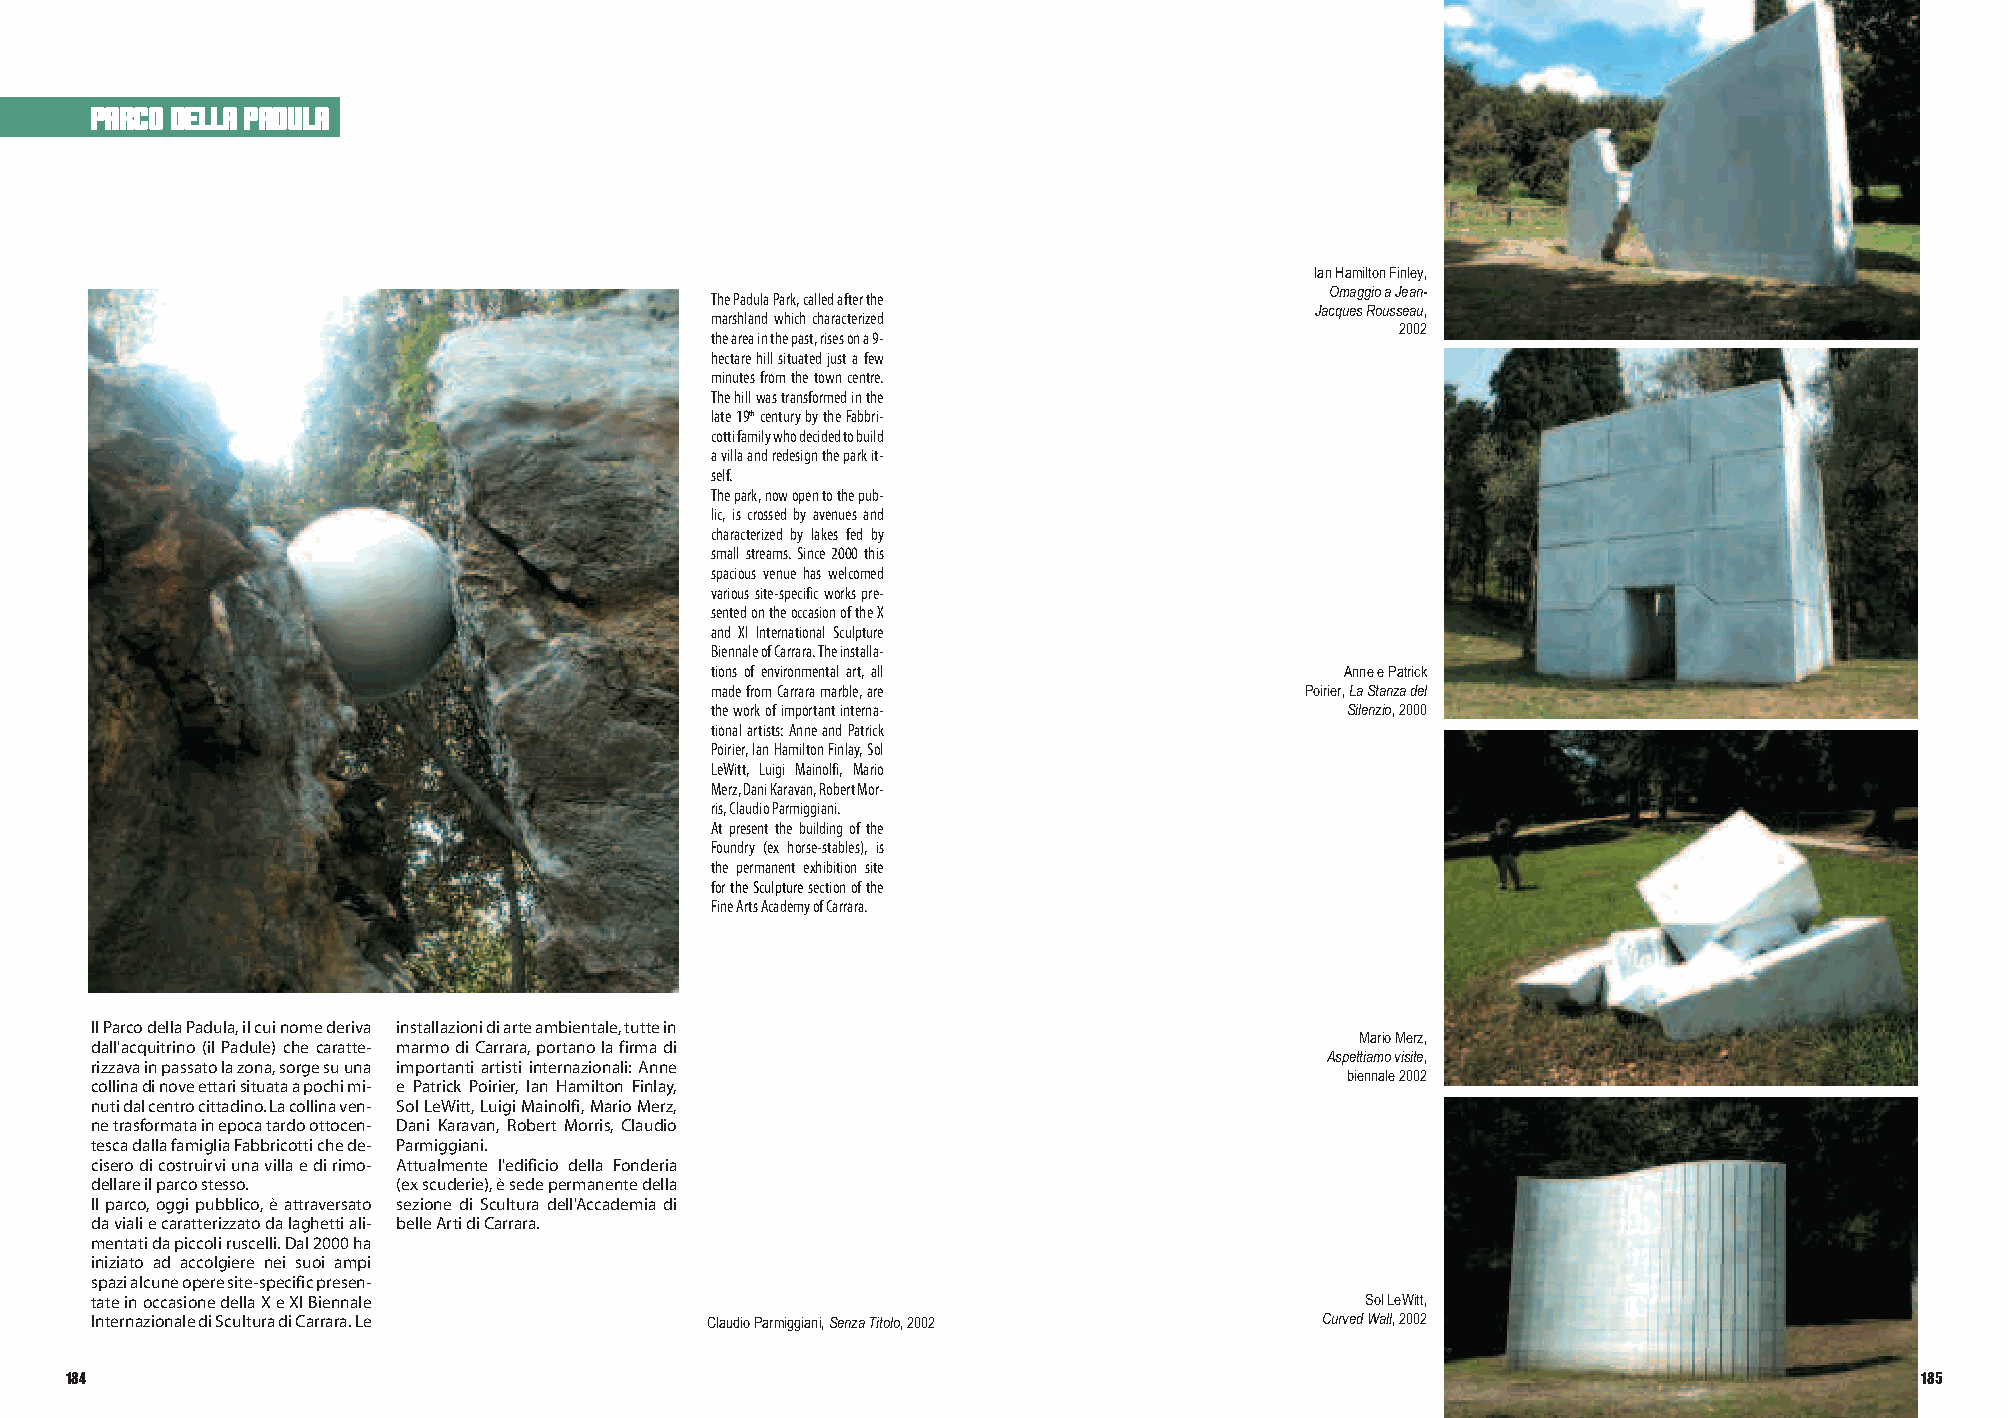
parco della padula
 IanHamiltonFinley,
 ThePadulaPark,calledafterthe             OmaggioaJean-
 marshlandwhichcharacterized             JacquesRousseau,
 theareainthepast,risesona9-                   2002
 hectarehillsituatedjustafew
 minutesfromthetowncentre.
 Thehillwastransformedinthe
 late19thcenturybytheFabbri-
 cottifamilywhodecidedtobuild
 avillaandredesigntheparkit-
 self.
 Thepark,nowopentothepub-
 lic, is crossed by avenues and
 characterized by lakes fed by
 smallstreams.Since2000this
 spacious venue has welcomed
 varioussite-specificworkspre-
 sentedontheoccasionoftheX
 and XI International Sculpture
 BiennaleofCarrara.Theinstalla-
 tions of environmental art, all
 AnneePatrick
 madefromCarraramarble,are
 Poirier,LaStanzadel
 theworkofimportantinterna-
 Silenzio,2000
 tionalartists:AnneandPatrick
 Poirier,IanHamiltonFinlay,Sol
 LeWitt, Luigi Mainolfi, Mario
 Merz,DaniKaravan,RobertMor-
 ris,ClaudioParmiggiani.
 Atpresentthebuildingofthe
 Foundry (ex horse-stables), is
 the permanent exhibition site
 fortheSculpturesectionofthe
 FineArtsAcademyofCarrara.
 IlParcodellaPadula,ilcuinomederiva installazionidiarteambientale,tuttein
 dall'acquitrino (il Padule) che caratte- marmodiCarrara,portanolafirmadi            MarioMerz,
 rizzavainpassatolazona,sorgesuuna importanti artisti internazionali: Anne         Aspettiamovisite,
 collinadinoveettarisituataapochimi- e Patrick Poirier, Ian Hamilton Finlay,        biennale2002
 nutidalcentrocittadino.Lacollinaven- SolLeWitt,LuigiMainolfi,MarioMerz,
 netrasformatainepocatardoottocen- Dani Karavan, Robert Morris, Claudio
 tescadallafamigliaFabbricottichede- Parmiggiani.
 ciserodicostruirviunavillaedirimo- Attualmente l'edificio della Fonderia
 dellareilparcostesso. (exscuderie),èsedepermanentedella
 Ilparco,oggipubblico,èattraversato sezione di Scultura dell'Accademia di
 davialiecaratterizzatodalaghettiali- belleArtidiCarrara.
 mentatidapiccoliruscelli.Dal2000ha
 iniziato ad accolgiere nei suoi ampi
 spazialcuneoperesite-specificpresen-
 tateinoccasionedellaXeXIBiennale                                                    SolLeWitt,
 InternazionalediSculturadiCarrara.Le     ClaudioParmiggiani,SenzaTitolo,2002      CurvedWall,2002
 184                                                                                                                        185